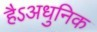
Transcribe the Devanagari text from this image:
हैऽअधुनिक